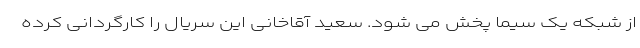
از شبکه یک سیما پخش می شود. سعید آقاخانی این سریال را کارگردانی کرده